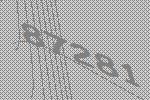
87281